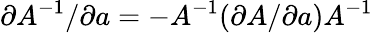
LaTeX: \partial A^{-1}/\partial a=-A^{-1}(\partial A/\partial a)A^{-1}